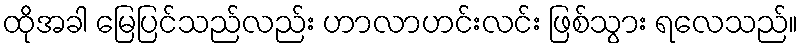
ထိုအခါ မြေပြင်သည်လည်း ဟာလာဟင်းလင်း ဖြစ်သွား ရလေသည်။